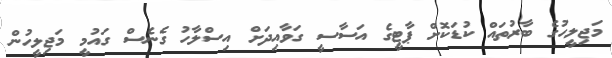
މަޖިލީހުގެ ބާރުތައް ކުޑަކޮށް ޕާޓީގެ އަސާސީ ގަވާއިދަށް އިސްލާހު ގެނެސް ގައުމީ މަޖިލީހުން